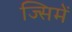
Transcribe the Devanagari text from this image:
ज्सिमें